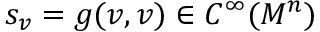
s _ { v } = g ( v , v ) \in C ^ { \infty } ( M ^ { n } )